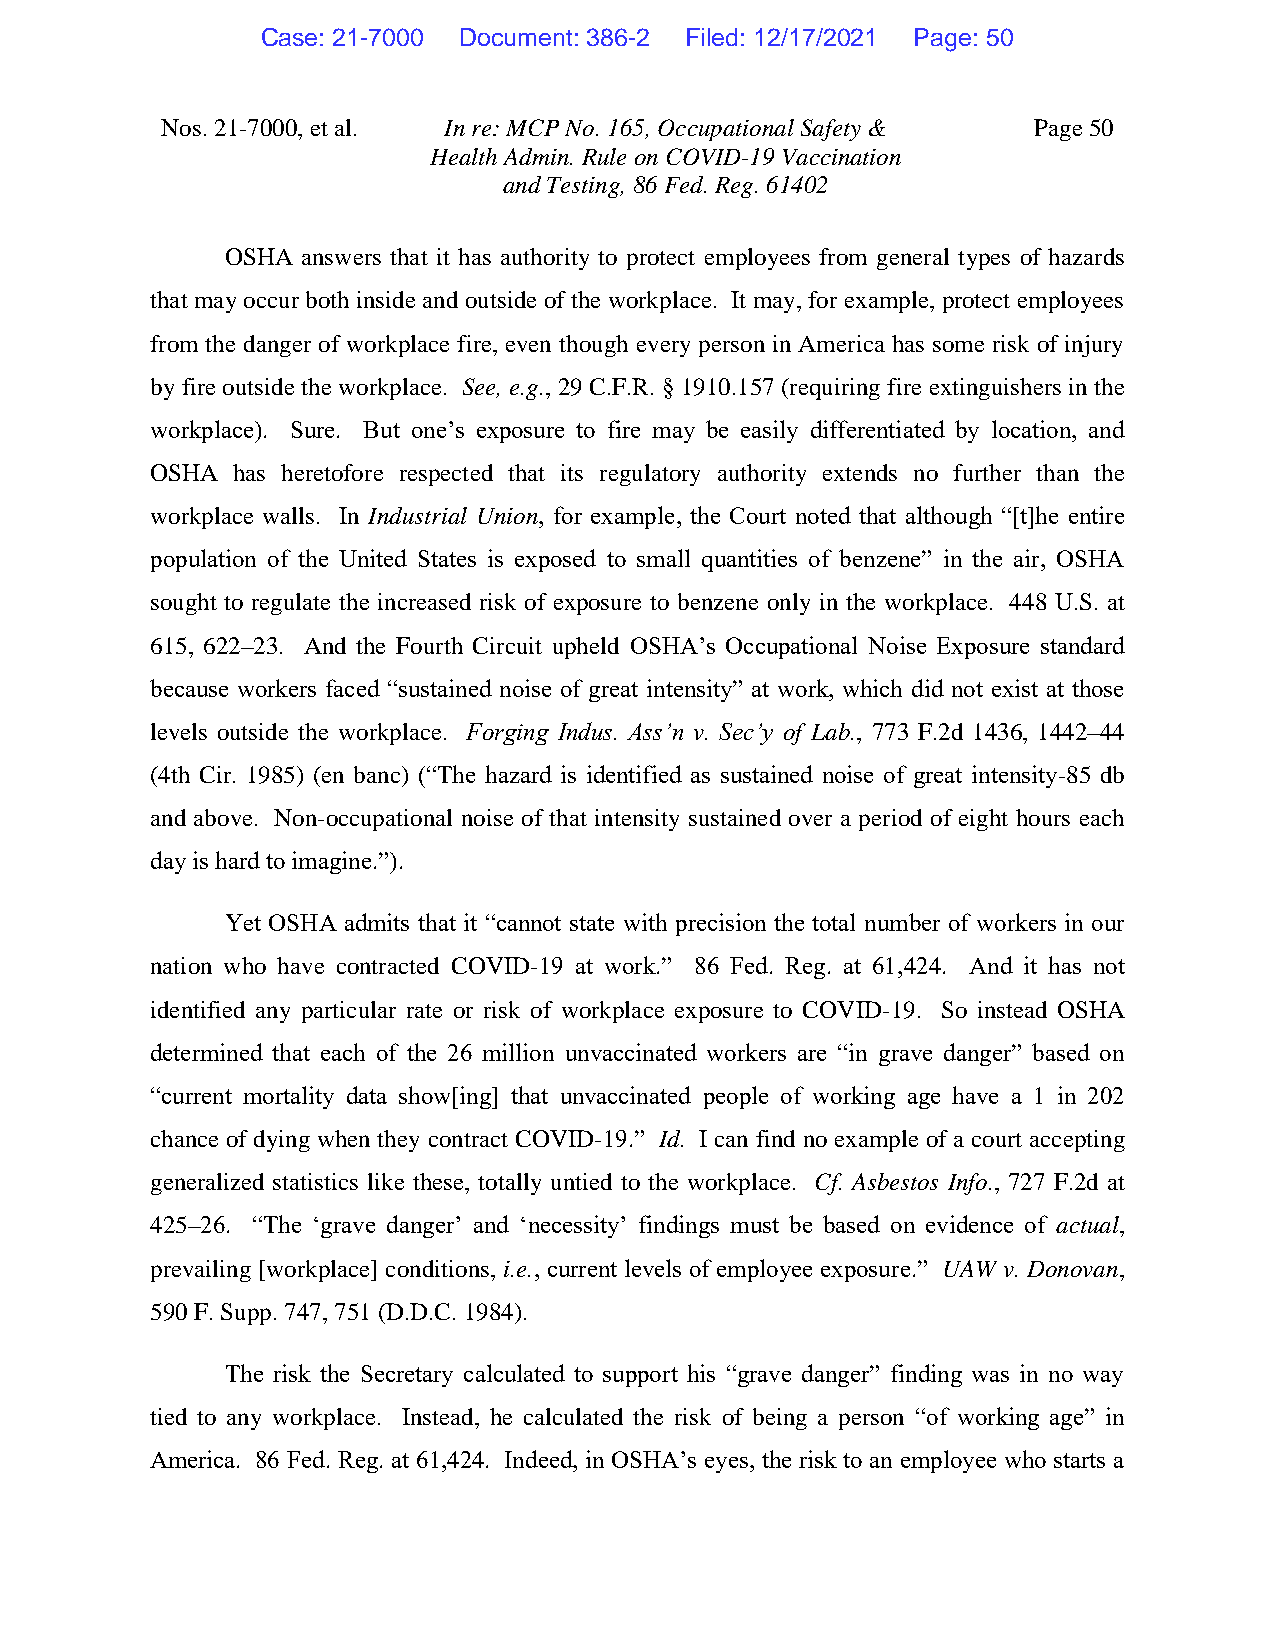
Case: 21-7000 Document: 386-2 Filed: 12/17/2021 Page: 50
 Nos. 21-7000, et al. In re: MCP No. 165, Occupational Safety & Page 50
 Health Admin. Rule on COVID-19 Vaccination
 and Testing, 86 Fed. Reg. 61402
 OSHA answers that it has authority to protect employees from general types of hazards
 that may occur both inside and outside of the workplace. It may, for example, protect employees
 from the danger of workplace fire, even though every person in America has some risk of injury
 by fire outside the workplace. See, e.g., 29 C.F.R. § 1910.157 (requiring fire extinguishers in the
 workplace). Sure. But one’s exposure to fire may be easily differentiated by location, and
 OSHA has heretofore respected that its regulatory authority extends no further than the
 workplace walls. In Industrial Union, for example, the Court noted that although “[t]he entire
 population of the United States is exposed to small quantities of benzene” in the air, OSHA
 sought to regulate the increased risk of exposure to benzene only in the workplace. 448 U.S. at
 615, 622–23. And the Fourth Circuit upheld OSHA’s Occupational Noise Exposure standard
 because workers faced “sustained noise of great intensity” at work, which did not exist at those
 levels outside the workplace. Forging Indus. Ass’n v. Sec’y of Lab., 773 F.2d 1436, 1442–44
 (4th Cir. 1985) (en banc) (“The hazard is identified as sustained noise of great intensity-85 db
 and above. Non-occupational noise of that intensity sustained over a period of eight hours each
 day is hard to imagine.”).
 Yet OSHA admits that it “cannot state with precision the total number of workers in our
 nation who have contracted COVID-19 at work.” 86 Fed. Reg. at 61,424. And it has not
 identified any particular rate or risk of workplace exposure to COVID-19. So instead OSHA
 determined that each of the 26 million unvaccinated workers are “in grave danger” based on
 “current mortality data show[ing] that unvaccinated people of working age have a 1 in 202
 chance of dying when they contract COVID-19.” Id. I can find no example of a court accepting
 generalized statistics like these, totally untied to the workplace. Cf. Asbestos Info., 727 F.2d at
 425–26. “The ‘grave danger’ and ‘necessity’ findings must be based on evidence of actual,
 prevailing [workplace] conditions, i.e., current levels of employee exposure.” UAW v. Donovan,
 590 F. Supp. 747, 751 (D.D.C. 1984).
 The risk the Secretary calculated to support his “grave danger” finding was in no way
 tied to any workplace. Instead, he calculated the risk of being a person “of working age” in
 America. 86 Fed. Reg. at 61,424. Indeed, in OSHA’s eyes, the risk to an employee who starts a